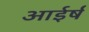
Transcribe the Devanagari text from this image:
आईर्ष